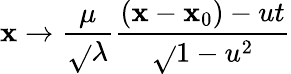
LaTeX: \mathbf{x}\rightarrow\frac{{\mu}}{{\sqrt{}{{\lambda}}}}\frac{{(\mathbf{x}-\mathbf{x}_{0})-ut}}{{\sqrt{}{{1-u^{2}}}}}